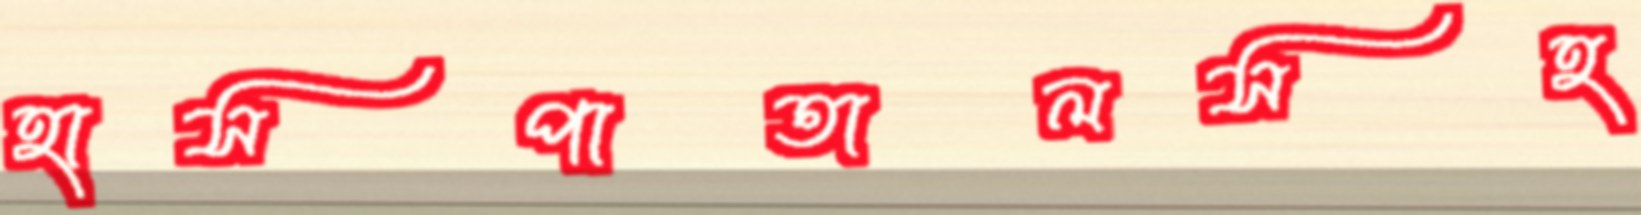
হাসপাতালসহ